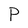
Character: P